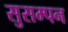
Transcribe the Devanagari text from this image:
सुसम्पन